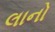
લાનો